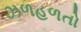
ઝળહળતો